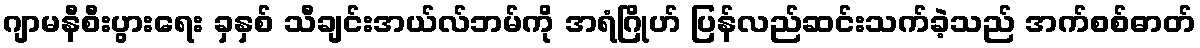
ဂျာမနီစီးပွားရေး ခှနှစ် သီချင်းအယ်လ်ဘမ်ကို အရံဂြိုဟ် ပြန်လည်ဆင်းသက်ခဲ့သည် အက်စစ်ဓာတ်